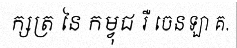
ក្សត្រ នៃ កម្វុជ រឺ ចេនឡា គ.